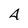
Character: 4